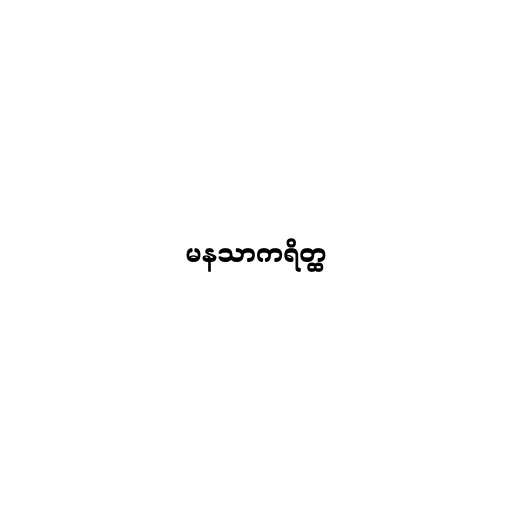
မနသာကရိတ္ထ